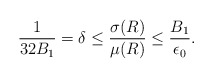
\begin{align*}\frac{1}{32B_1} = \delta \le \frac{\sigma(R)}{\mu(R)} \le \frac{B_1}{\epsilon_0}.\end{align*}